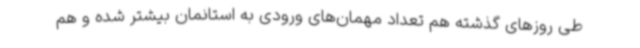
طی روزهای گذشته هم تعداد مهمان‌های ورودی به استانمان بیشتر شده و هم